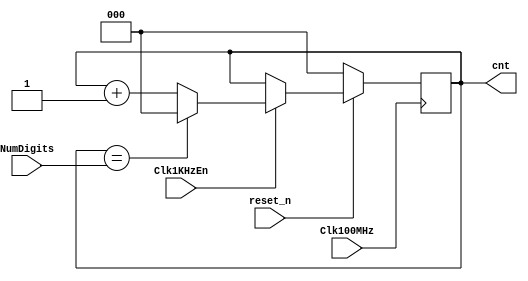
`timescale 1ns / 1ps
//////////////////////////////////////////////////////////////////////////////////
// Company: 
// Engineer: 
// 
// Design Name: 
// Module Name: counter
// Project Name: 
// Target Devices: 
// Tool Versions: 
// Description: 
// 
// Dependencies: 
// 
// Revision:
// Revision 0.01 - File Created
// Additional Comments:
// 
//////////////////////////////////////////////////////////////////////////////////


module counter(Clk100MHz, Clk1KHzEn, reset_n, NumDigits, cnt);
    input Clk100MHz, Clk1KHzEn, reset_n;
    input [2:0] NumDigits;
    output reg [2:0]cnt;
    
    always @(posedge Clk100MHz)
        if(!reset_n)
            cnt <= 0;
        else if (Clk1KHzEn == 1) begin
            if (cnt == NumDigits)
                cnt <=0;
            else
                cnt <= cnt +1;                      
        end    
     
endmodule